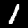
Digit: 1